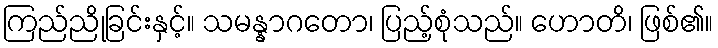
ကြည်ညိုခြင်းနှင့်။ သမန္နာဂတော၊ ပြည့်စုံသည်။ ဟောတိ၊ ဖြစ်၏။